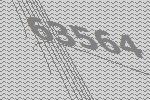
63564